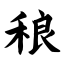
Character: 稂